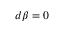
d \beta = 0